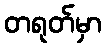
တရုတ်မှာ